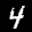
Label: 4